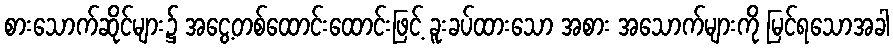
စားသောက်ဆိုင်များ၌ အငွေ့တစ်ထောင်းထောင်းဖြင့် ခူးခပ်ထားသော အစား အသောက်များကို မြင်ရသောအခါ